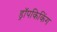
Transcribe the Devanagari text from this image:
ड्रॉपकिकिंग